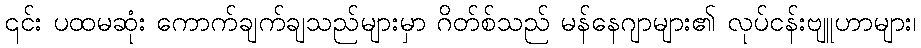
၎င်း ပထမဆုံး ကောက်ချက်ချသည်များမှာ ဂိတ်စ်သည် မန်နေဂျာများ၏ လုပ်ငန်းဗျူဟာများ၊